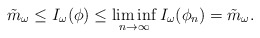
\begin{align*}\tilde{m}_\omega \leq I_\omega(\phi) \leq \liminf_{n\to \infty} I_\omega(\phi_n) = \tilde{m}_\omega.\end{align*}